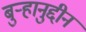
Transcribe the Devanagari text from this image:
बुऱ्हानुद्दीन